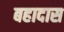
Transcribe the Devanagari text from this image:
बहादास